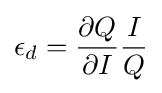
\epsilon _{d}={\frac {\partial Q}{\partial I}}{\frac {I}{Q}}